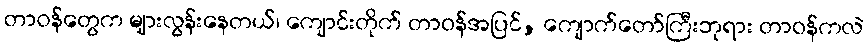
တာဝန်တွေက များလွန်းနေတယ်၊ ကျောင်းတိုက် တာဝန်အပြင်, ကျောက်တော်ကြီးဘုရား တာဝန်ကလဲ